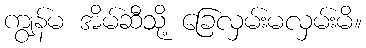
ကျွန်မ အိမ်ဆီသို့ ခြေလှမ်းမလှမ်းမိ။